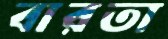
বারতা